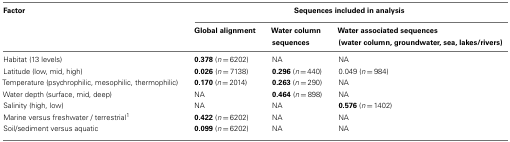
<table><thead><tr><td><b>Factor</b></td><td colspan="3"><b>Sequences included in analysis</b></td></tr><tr><td></td><td><b>Global alignment</b></td><td><b>Water column sequences</b></td><td><b>Water associated sequences (water column, groundwater, sea, lakes/rivers)</b></td></tr></thead><tbody><tr><td>Habitat (13 levels)</td><td><b>0.378</b> (<i>n</i> = 6202)</td><td>NA</td><td>NA</td></tr><tr><td>Latitude (low, mid, high)</td><td><b>0.026</b> (<i>n</i> = 7138)</td><td><b>0.296</b> (<i>n</i> = 440)</td><td>0.049 (<i>n</i> = 984)</td></tr><tr><td>Temperature (psychrophilic, mesophilic, thermophilic)</td><td><b>0.170</b> (<i>n</i> = 2014)</td><td><b>0.263</b> (<i>n</i> = 290)</td><td>NA</td></tr><tr><td>Water depth (surface, mid, deep)</td><td>NA</td><td><b>0.464</b> (<i>n</i> = 898)</td><td>NA</td></tr><tr><td>Salinity (high, low)</td><td>NA</td><td>NA</td><td><b>0.576</b> (<i>n</i> = 1402)</td></tr><tr><td>Marine versus freshwater / terrestrial<sup>1</sup></td><td><b>0.422</b> (<i>n</i> = 6202)</td><td>NA</td><td>NA</td></tr><tr><td>Soil/sediment versus aquatic</td><td><b>0.099</b> (<i>n</i> = 6202)</td><td>NA</td><td>NA</td></tr></tbody></table>